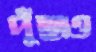
পুঁছাও